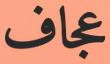
عجاف